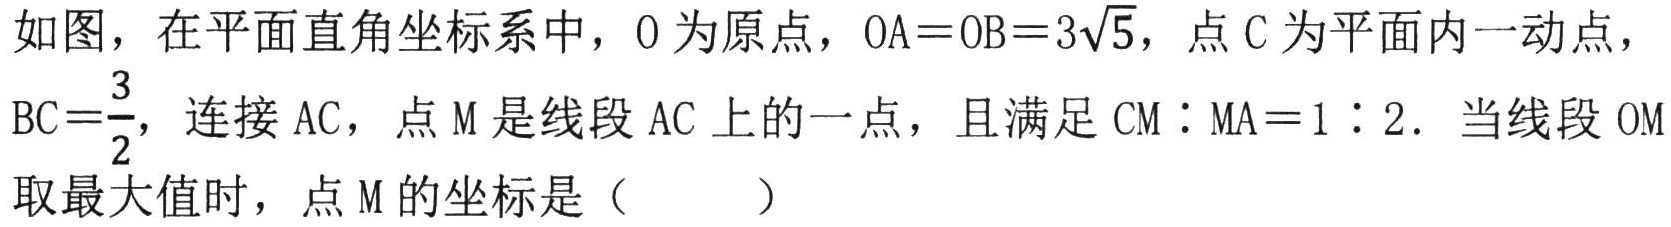
如图，在平面直角坐标系中，O为原点，$OA = OB = 3\sqrt{5}$，点C为平面内一动点，$BC=\frac{3}{2}$，连接AC，点M是线段AC上的一点，且满足$CM:MA = 1:2$. 当线段OM取最大值时，点M的坐标是（  ）